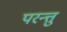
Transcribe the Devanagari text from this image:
परन्त्तु